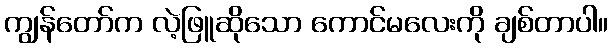
ကျွန်တော်က လဲ့ဖြူဆိုသော ကောင်မလေးကို ချစ်တာပါ။